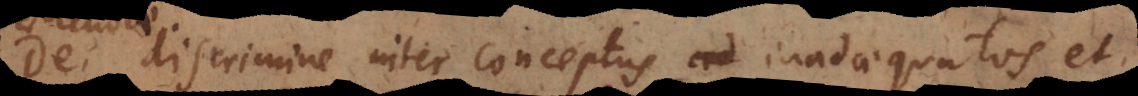
De discrimine inter conceptus ad inadaequatos et